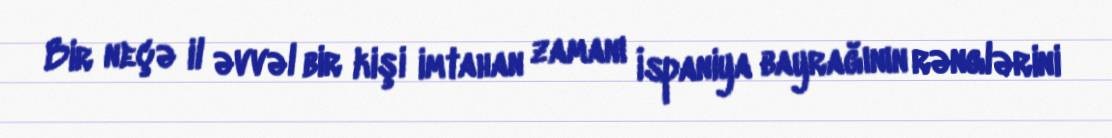
Bir neçə il əvvəl bir kişi imtahan zamanı İspaniya bayrağının rənglərini